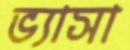
ভ্যাসা